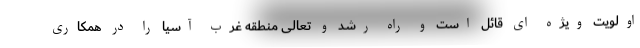
اولویت ویژه ای قائل است و راه رشد و تعالی منطقه غرب آسیا را در همکاری